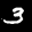
Label: 3